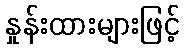
နှုန်းထားများဖြင့်